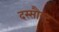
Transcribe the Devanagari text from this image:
दस्सौल्ट